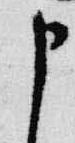
申